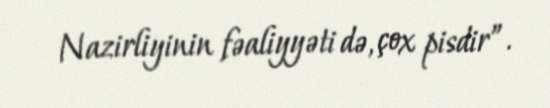
Nazirliyinin fəaliyyəti də, çox pisdir”.